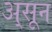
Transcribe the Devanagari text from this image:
अ्सून